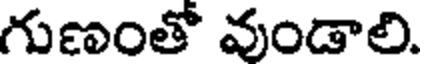
గుణంతో వుండాలి.